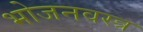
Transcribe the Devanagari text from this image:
भोजनवस्त्र